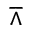
\barwedge